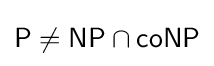
{\mathsf {P}}\neq {\mathsf {NP}}\cap {\mathsf {coNP}}